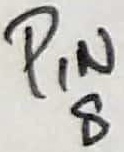
Text: PIN8